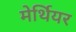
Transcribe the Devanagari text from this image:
मेर्थियर